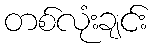
တစ်လုံးချင်း